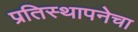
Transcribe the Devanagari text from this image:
प्रतिस्थापनेचा